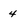
Character: 4